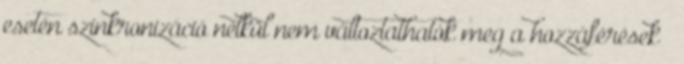
esetén szinkronizáció nélkül nem változtathatók meg a hozzáférések –